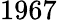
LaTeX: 1967